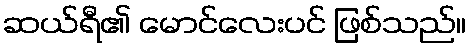
ဆယ်ရီ၏ မောင်လေးပင် ဖြစ်သည်။